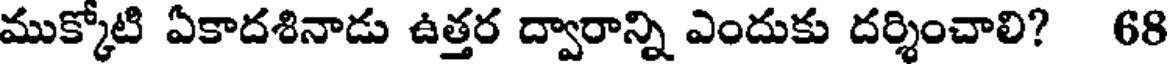
ముక్కోటి ఏకాదశినాడు ఉత్తర ద్వారాన్ని ఎందుకు దర్శించాలి? 68